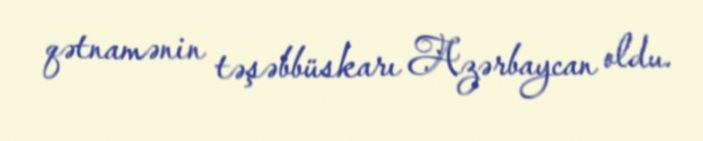
qətnamənin təşəbbüskarı Azərbaycan oldu.